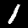
Label: 1